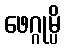
ဖေဂ္ဂုမ္ပိ